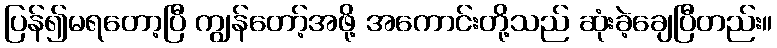
ပြန်၍မရတော့ပြီ ကျွန်တော့်အဖို့ အကောင်းတို့သည် ဆုံးခဲ့ချေပြီတည်း။